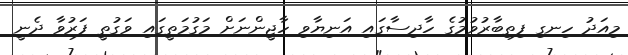
މިއަދު ހިނގި ފިތިބާރުވުމުގެ ހާދިސާގައި އަނިޔާވި ހާޖީންނަށް މަގުމަތީގައި ވަގުތީ ފަރުވާ ދެނީ